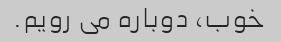
خوب، دوباره می رویم.